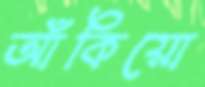
আঁকিয়ো